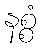
နစ္စံ